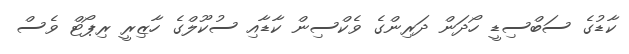
ކާޑުގެ ސަބްސިޑީ ހޯދަން ދަރިންގެ ވެކްސިން ކާޑާއި ސުކޫލްގެ ހާޒިރީ ރިޕޯޓް ވެސް